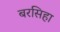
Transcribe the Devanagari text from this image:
बरसिहा